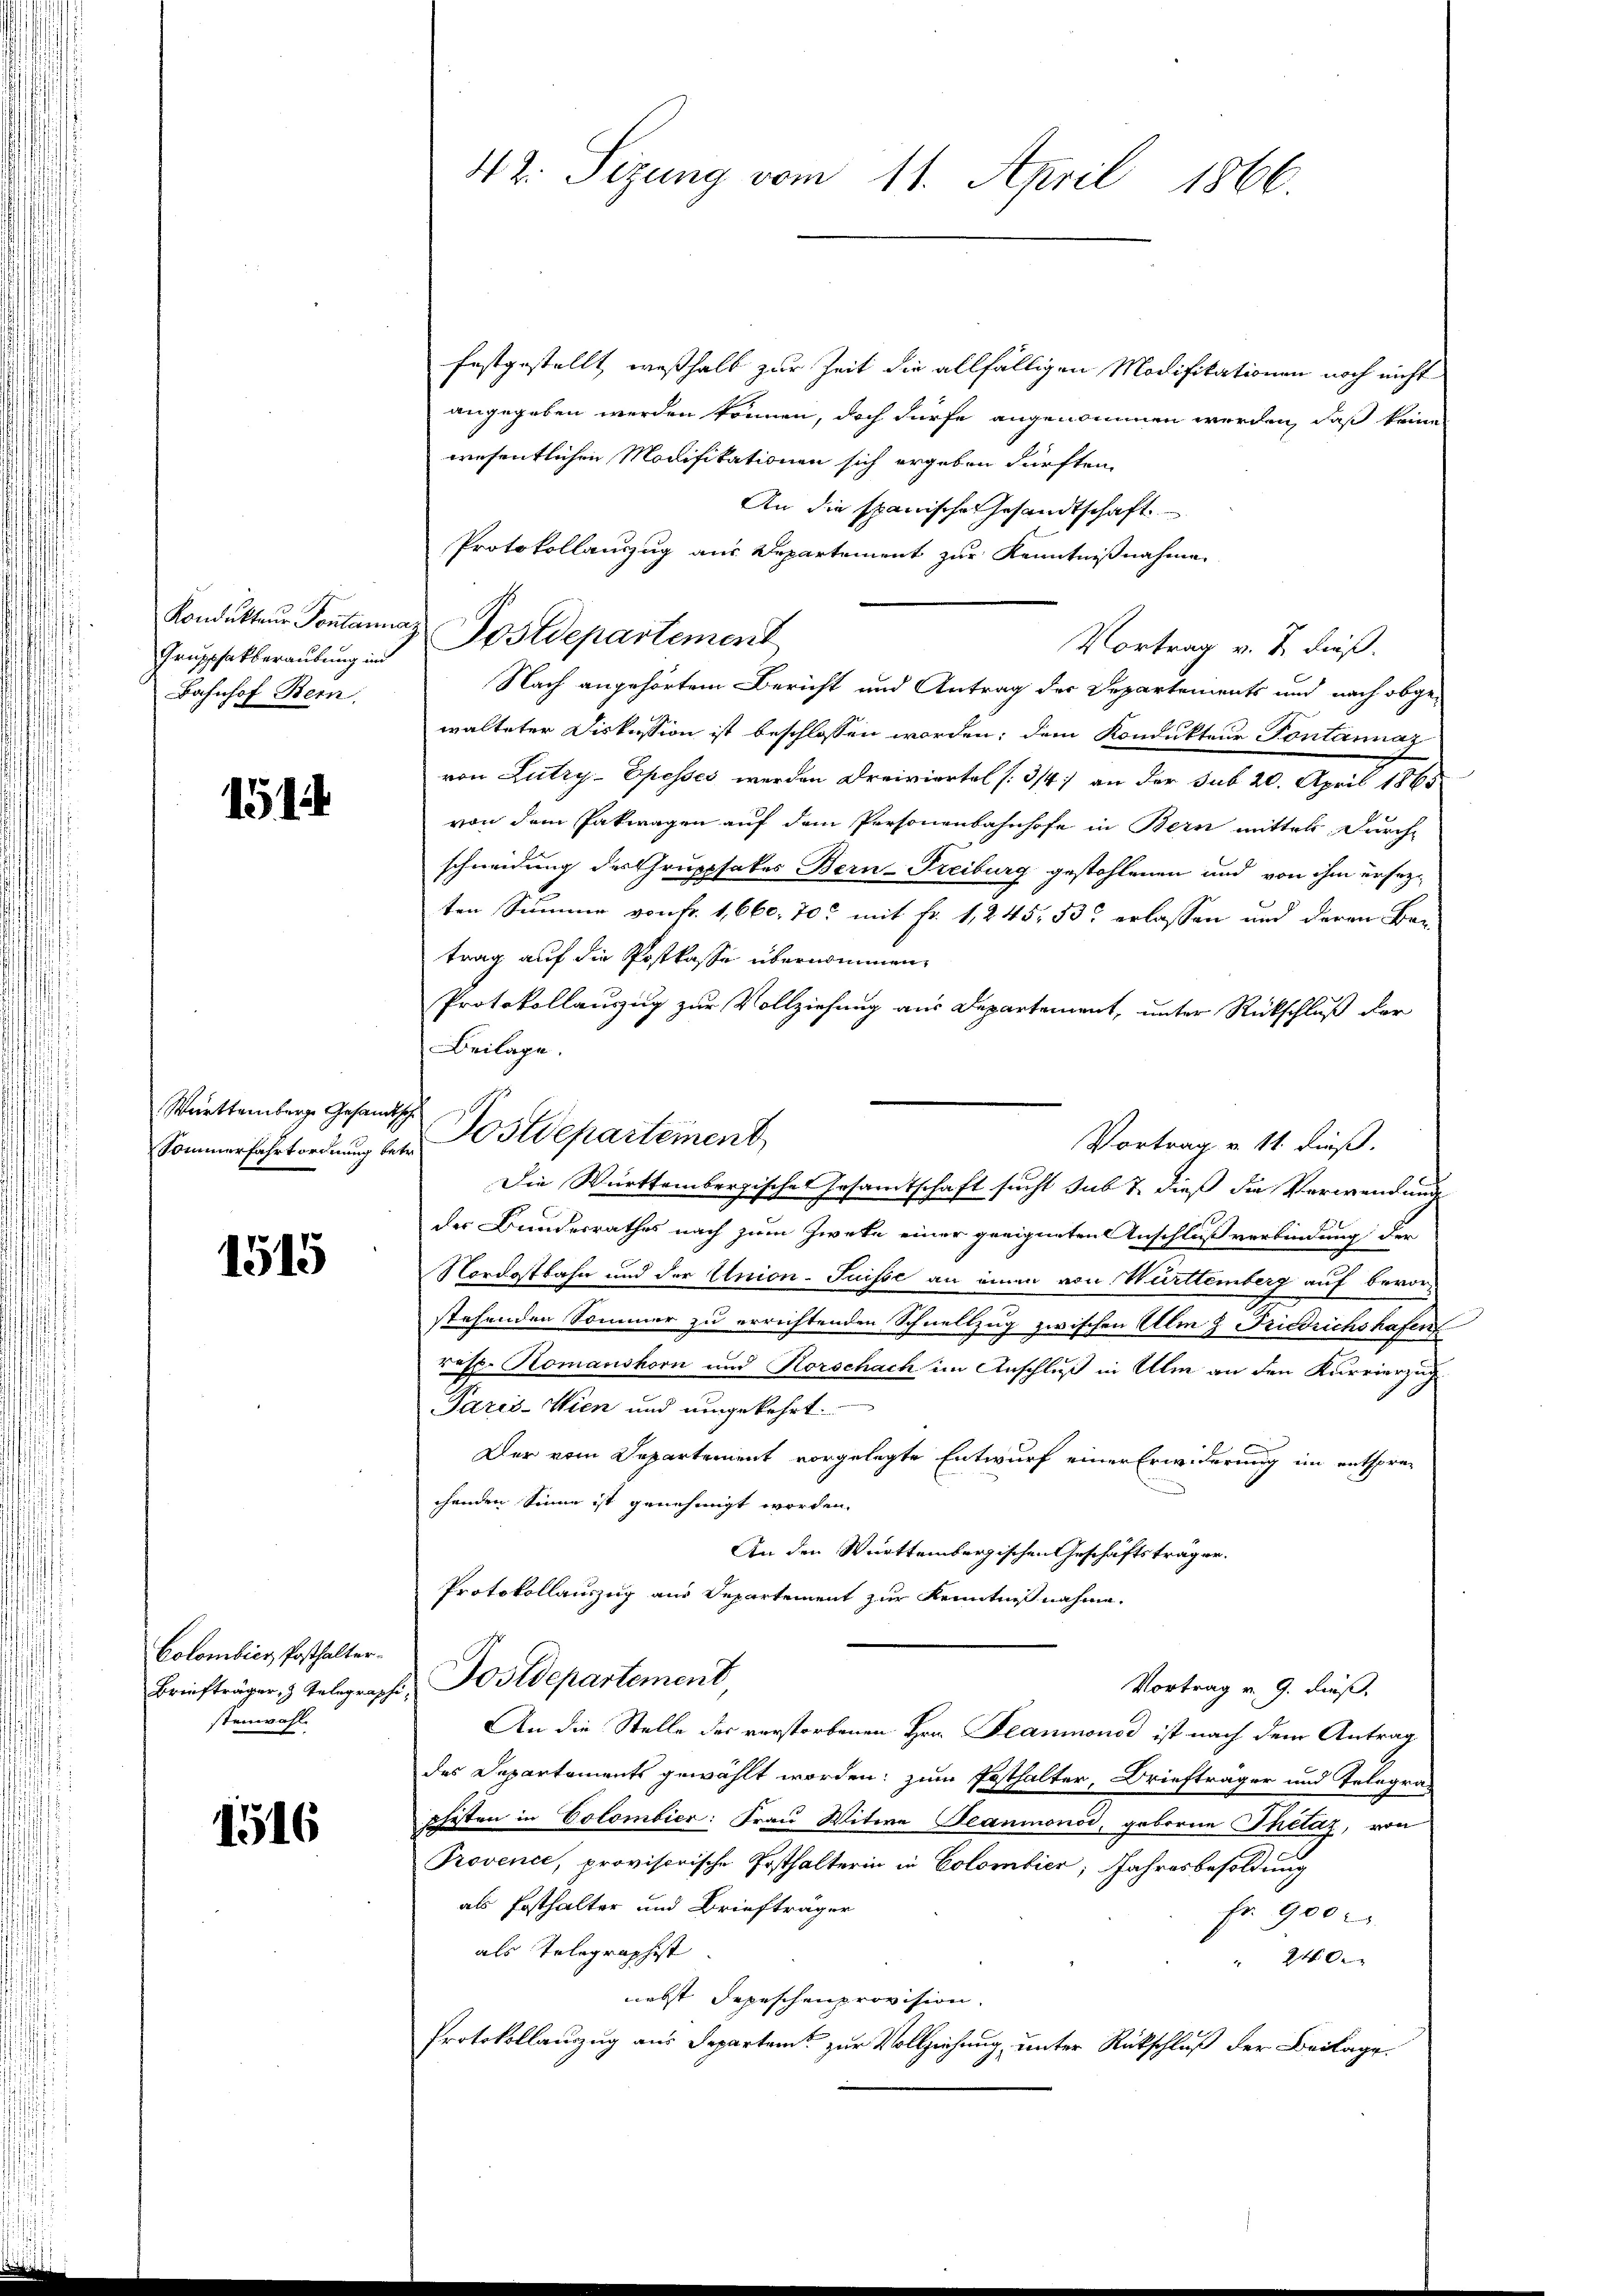
Grupphatberaubung in
Bahnhof Bern

151

Württemberge Gesandt
Sommerfahrtordnung bet

1515

Colombier, Posthalter¬
Briefträger, z. Telegraph
stenwahl

1516

42. Sizung vom 11. April 1866.

festgestellt, weßhalb zur Zeit die allfälligen Modifikationen noch nicht
angegeben werden können, doch dürfe angenommen werden, daß keine
wesentlichen Modifikationen sich ergeben dürften,
An die spanische Gesandtschaft
Protokollanzzug aus Departement zur Kenntnißnahme
Vortrag v. J. dieß.
Nach angehörtem Bericht und Antrag der Departements und nach obgewalteter Diskussion ist beschlossen worden; dem Kondukteur Fontannaz
von Lutry-Epesses werden Dreiviertel [3/4 an der sub 20. April 1865
von dem Pakwagen auf dem Personenbahnhofe in Bern mittel durch
schneidung des Gruppsates Bern-Freiburg gestohlenen und von ihm ersezten Summe von Fr. 1,660. 70. mit Fr. 1, 245, 535 erlassen und deren Ber
trag auf die Postkasse übernommen.
Protokollauszug zur Vollziehung aus Departement, unter Rückschluß der
Beilage.
Die Württembergische Gesamtschaft sucht sub 7. dieß die Verwendung
der Bundesrathes nach zum Zweke einer geeigneten Anschluß verbindung der
Nordostbahn und der Union-Suisse an einen von Württemberg auf bevor-
stehenden Sommer zu errichtenden Schnellzug zwischen Alm 2 Friedrichshafen
resp. Komanshorn und Korschach im Anschluß in Ulm an den Kurvierzug
Paris -Wien und umgekehrt.
Der vom Departement vorgelegte Entwurf einer Erwiderung im entsprechenden Sinne ist genehmigt worden.
An den Württembergischen Geschäftsträger¬
Protokollauszug aus Departement zur Kenntnißnahme.
Postdepartement
Vortrag v. 9. dieß,
An die Stelle des verstorbenen Hrn. Planionod ist nach dem Antrag
des Departements gewählt worden; zum Posthalter, Briefträger und Telegra-
schusten in Colombier: Frau Witwe Beaumonod, geborne Philaz, von
Provence, provisorische Posthalterin in Colombier; Jahresbesoldung
als Posthalter und Briefträger
Fr. 900
als Telegraphist
240x
nebst Depeschenprovision.
Protokollauzug aus Departem zur Vollziehung, unter Rückschluß der Beilage.

Kondukteur Sontanz Postdepartement

Postdepartement

Vortrag v. 11. dieß.